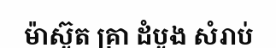
ម៉ាស៊ូត គ្រា ដំបូង សំរាប់